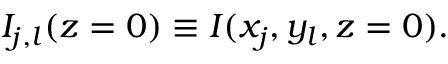
I _ { j , l } ( z = 0 ) \equiv I ( x _ { j } , y _ { l } , z = 0 ) .